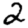
Digit: 2